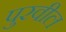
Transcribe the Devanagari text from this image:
पुरवील